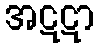
အဋဋာ